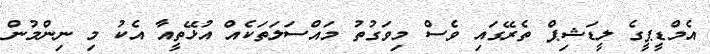
އެމްޑީޕީގެ ލީޑަޝިޕް ތެރޭގައި ވެސް މިވަގުތު މައްސަލަތަކެއް އުޅޭތީއާ އެކު މި ނިންމުން